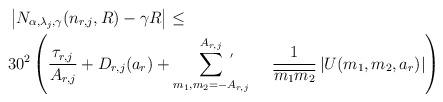
LaTeX: \begin{align*}&\left|N_{\alpha, \lambda_j,\gamma} (n_{r,j}, R)-\gamma R \right|\leq \\&30^2\left( \frac{\tau_{r,j}}{A_{r,j}}+ D_{r,j}(a_r) + \sum_{m_1,m_2=-A_{r,j}}^{A_{r,j}} \!\!\!\!\!\!\!\!^{\Large '}\ \ \ \ \ \ \ \frac{1}{\overline{m_1}\overline{m_2}} \left| U(m_1,m_2,a_r)\right|\right)\end{align*}